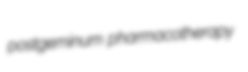
postgeminum pharmacotherapy